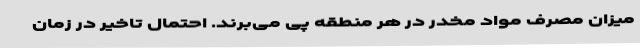
میزان مصرف مواد مخدر در هر منطقه پی می‌برند. احتمال تاخیر در زمان